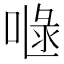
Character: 𠷍